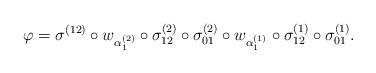
LaTeX: \begin{align*}\varphi=\sigma^{(12)}\circ w_{\alpha_1^{(2)}}\circ \sigma_{12}^{(2)} \circ \sigma_{01}^{(2)} \circ w_{\alpha_1^{(1)}}\circ \sigma_{12}^{(1)} \circ \sigma_{01}^{(1)}.\end{align*}